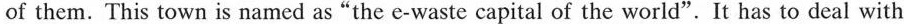
of them. 'This town is named as "the e-waste capital of the world".It has to deal with